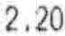
2.20